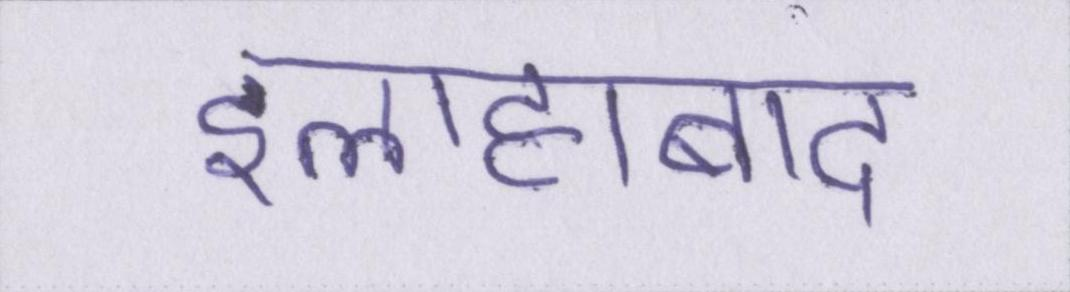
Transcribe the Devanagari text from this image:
इलाहाबाद